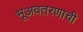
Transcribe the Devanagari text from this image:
भूअवतरणाची